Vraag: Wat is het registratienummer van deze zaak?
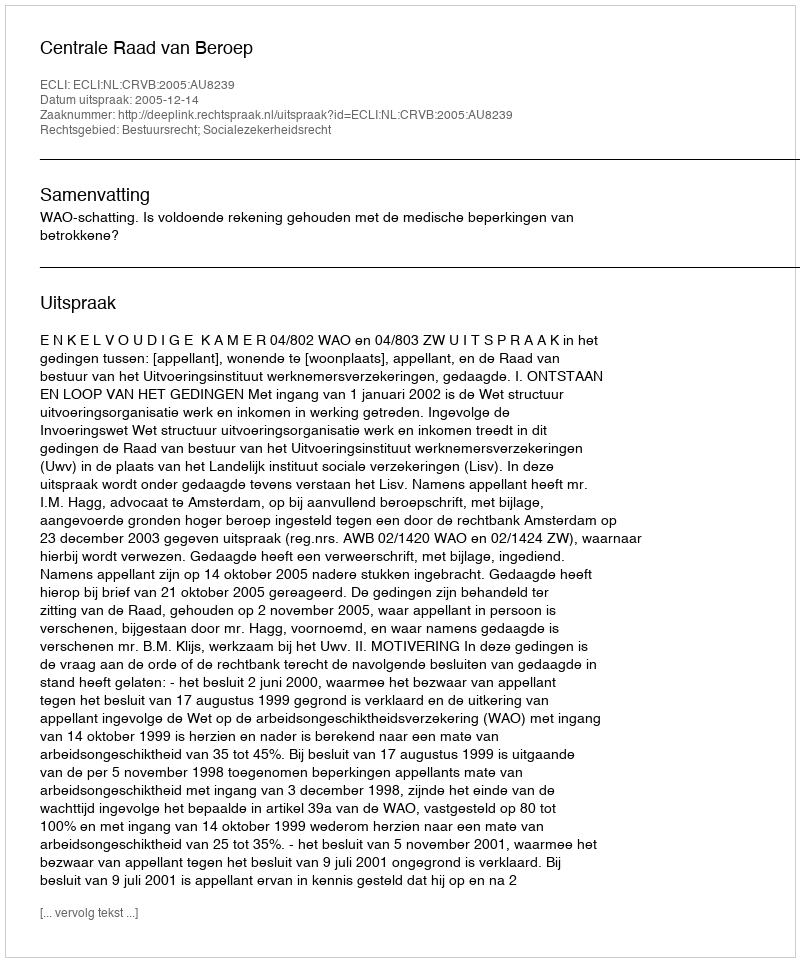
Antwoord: http://deeplink.rechtspraak.nl/uitspraak?id=ECLI:NL:CRVB:2005:AU8239